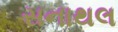
સનાથલ